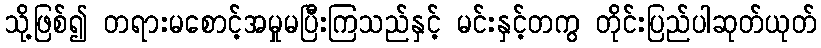
သို့ဖြစ်၍ တရားမစောင့်အမှုမပြီးကြသည်နှင့် မင်းနှင့်တကွ တိုင်းပြည်ပါဆုတ်ယုတ်